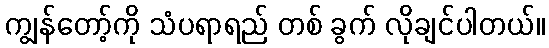
ကျွန်တော့်ကို သံပရာရည် တစ် ခွက် လိုချင်ပါတယ်။